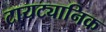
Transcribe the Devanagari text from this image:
टायट्यानिक